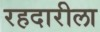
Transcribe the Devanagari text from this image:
रहदारीला